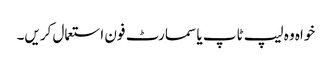
خواہ وہ لیپ ٹاپ یا سمارٹ فون استعمال کریں۔